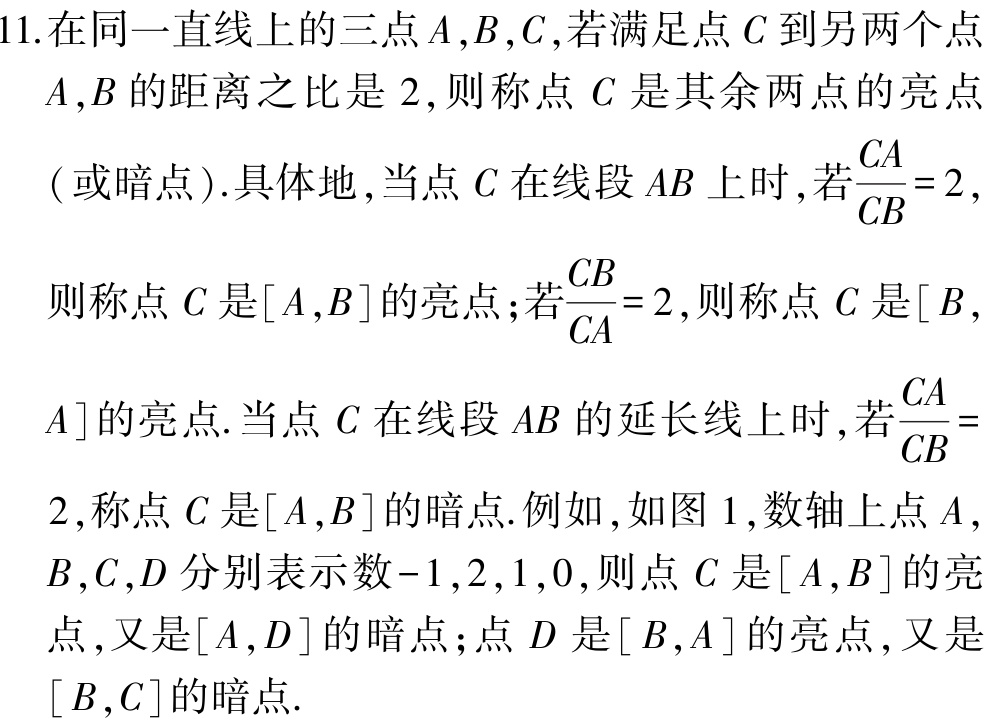
11.在同一直线上的三点\(A,B,C\),若满足点\(C\)到另两个点

\(A,B\)的距离之比是\(2\),则称点\(C\)是其余两点的亮点

(或暗点).具体地,当点\(C\)在线段\(AB\)上时,若\(\frac{CA}{CB}=2\),

则称点\(C\)是\([A,B]\)的亮点;若\(\frac{CB}{CA}=2\),则称点\(C\)是\([B,\)

\(A]\)的亮点.当点\(C\)在线段\(AB\)的延长线上时,若\(\frac{CA}{CB}=\)

\(2\),称点\(C\)是\([A,B]\)的暗点.例如,如图1,数轴上点\(A,\)

\(B,C,D\)分别表示数\(-1,2,1,0\),则点\(C\)是\([A,B]\)的亮

点,又是\([A,D]\)的暗点;点\(D\)是\([B,A]\)的亮点,又是

\([B,C]\)的暗点.